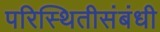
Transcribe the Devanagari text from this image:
परिस्थितीसंबंधी